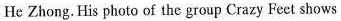
He Zhong.His photo of the group Crazy Feet shows